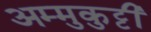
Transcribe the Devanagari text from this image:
अम्मुकुट्टी